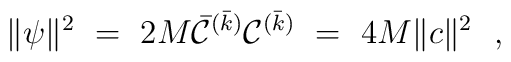
\|\psi\|^2~=~ 2M{\bar{\cal C}}^{(\bar k)}{\cal C}^{(\bar k)}~=~ 4M \|c\|^2\ \ ,